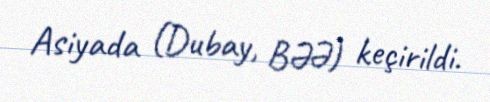
Asiyada (Dubay, BƏƏ) keçirildi.